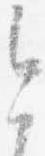
今